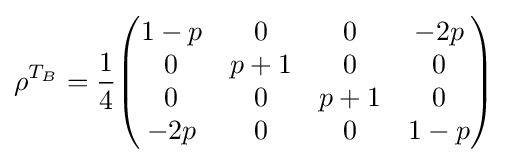
\rho ^{T_{B}}={\frac {1}{4}}{\begin{pmatrix}1-p&0&0&-2p\\0&p+1&0&0\\0&0&p+1&0\\-2p&0&0&1-p\end{pmatrix}}